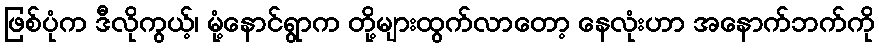
ဖြစ်ပုံက ဒီလိုကွယ့်၊ မုံ့နောင်ရွာက တို့များထွက်လာတော့ နေလုံးဟာ အနောက်ဘက်ကို